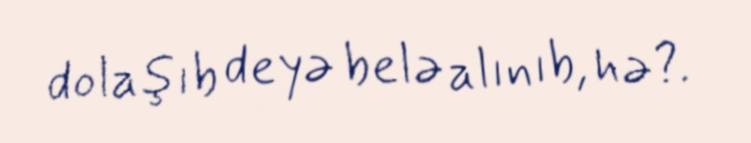
dolaşıb deyə belə alınıb, hə?.